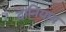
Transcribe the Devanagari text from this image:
दानियाम